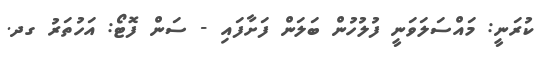
ކުރަނީ: މައްސަލަވަނީ ފުލުހުން ބަލަން ފަށާފައި - ސަން ފޮޓޯ: އަހުތަރު ގދ.